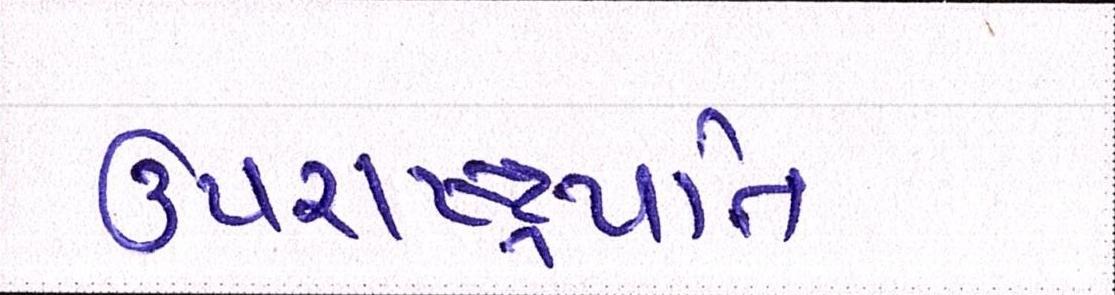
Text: ઉપરાષ્ટ્રપતિ